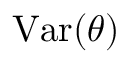
{ \mathrm { V a r } } ( \theta )